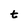
Character: t